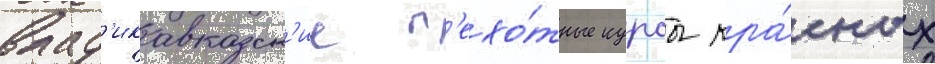
влад'икавказск'ие п'ехо́тные курсы кра́сных